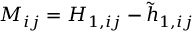
{ M _ { i j } } = H _ { 1 , i j } - \tilde { h } _ { 1 , i j }